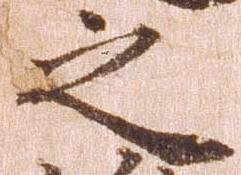
之